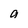
Character: a